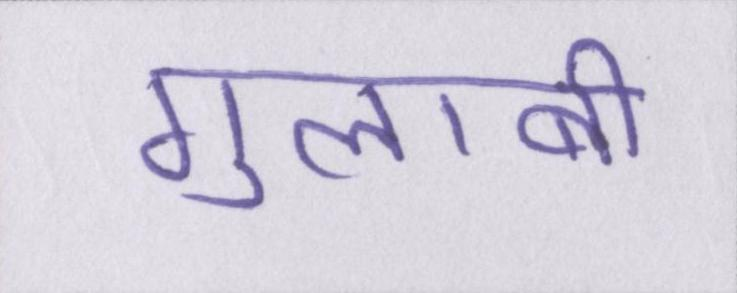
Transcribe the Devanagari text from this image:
गुलाबी